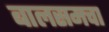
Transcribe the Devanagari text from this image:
बालसमचा